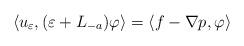
LaTeX: \begin{align*}\langle u_\varepsilon, (\varepsilon +L_{-a})\varphi\rangle=\langle f-\nabla p, \varphi\rangle\end{align*}